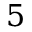
5